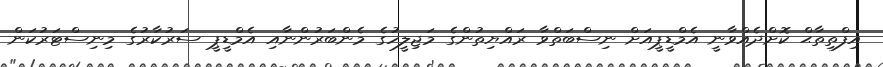
އިފްތިތާޙް ކޮށްދެއްވާނީ އެމްޑީޕީއަށް ނިސްބަތްވާ ރައްޔިތުންގެ މަޖިލީހުގެ މެންބަރުންނާއި އެމްޑީޕީ ސަރުކާރުގެ މިނިސްޓަރުކަން